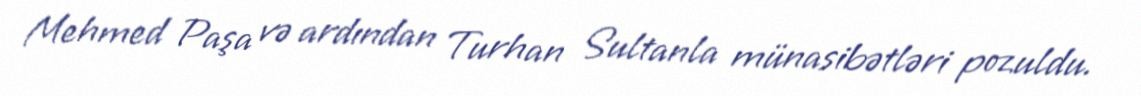
Mehmed Paşa və ardından Turhan Sultanla münasibətləri pozuldu.